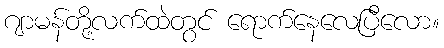
ဂျာမန်တို့လက်ထဲတွင် ရောက်နေလေပြီလော။